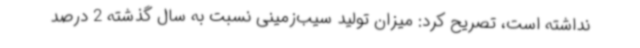
نداشته است، تصریح کرد: میزان تولید سیب‌زمینی نسبت به سال گذشته 2 درصد